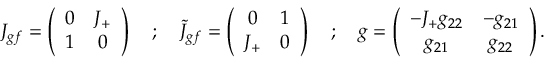
J _ { g f } = \left( \begin{array} { c c } { { 0 } } & { { J _ { + } } } \\ { { 1 } } & { { 0 } } \end{array} \right) \quad ; \quad \tilde { J } _ { g f } = \left( \begin{array} { c c } { { 0 } } & { { 1 } } \\ { { J _ { + } } } & { { 0 } } \end{array} \right) \quad ; \quad g = \left( \begin{array} { c c } { { - J _ { + } g _ { 2 2 } } } & { { - g _ { 2 1 } } } \\ { { g _ { 2 1 } } } & { { g _ { 2 2 } } } \end{array} \right) .